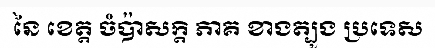
នៃ ខេត្ត ចំប៉ាសក្តិ ភាគ ខាងត្បូង ប្រទេស